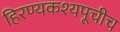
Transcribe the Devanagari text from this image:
हिरण्यकश्यपूचीच